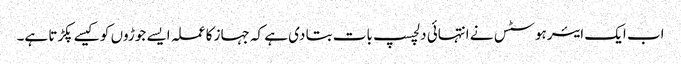
اب ایک ایئرہوسٹس نے انتہائی دلچسپ بات بتا دی ہے کہ جہاز کا عملہ ایسے جوڑوں کو کیسے پکڑتا ہے۔